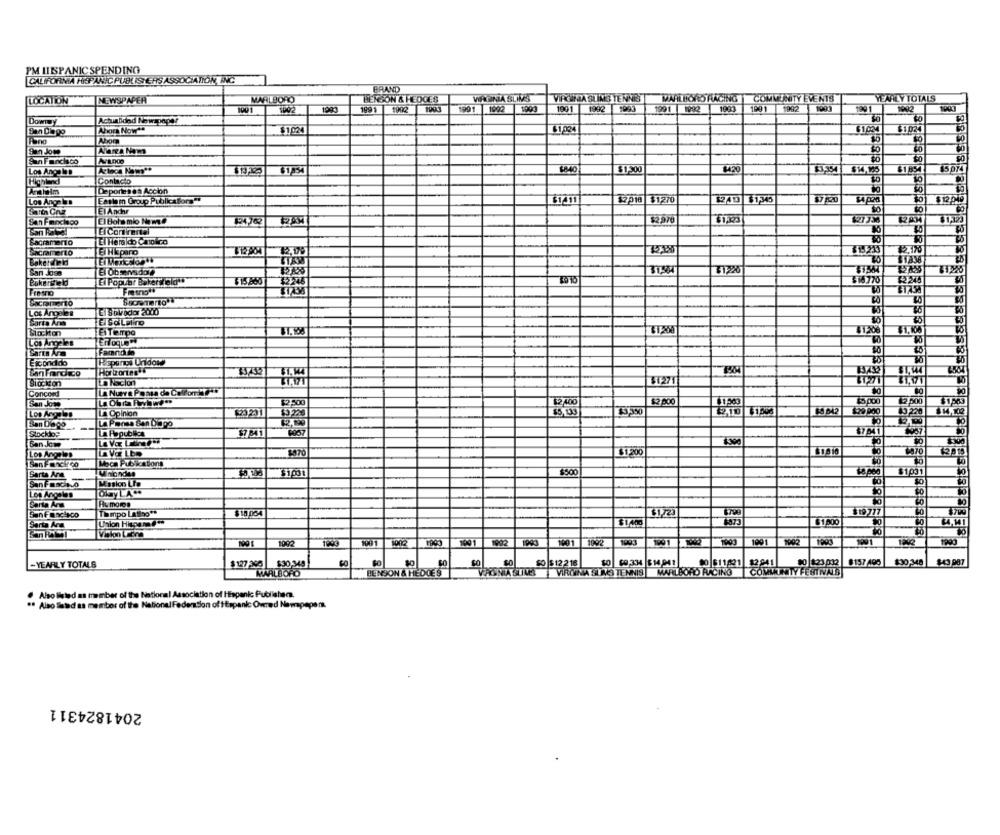
PM HISPANIC SPENDING
CALIFORNIA HISPANIC PUBLISHERS ASSOCIATION, INC
BRAND
LOCATION
NEWSPAPER
MARLBORO
BENSON & HEDCES
VIRGINIA SLIMS TENNES
MARLBORO RACING
COMMUNITY EVENTS
YEARLY TOTALS
1002
1891
1903
1991
1992
1903
1991
1992
1991 1992
1993
1991 1992 1993
1991
1992
Dowry
Actualidad Newspaper
San Diego
Ahora Now's
$1024
$1,024
$1024
$1 024
Tano
San Jose
Narra Nom
San Francisco
Avance
$420
$3,354
5 074
Los Angeles
$1-300
$1 854
Contacto
10
Anaheim
Deportes en Accion
Los AngelD
Easlam Group Publicafora"!
61411
$2018 $1270
1240 $1345
El Andar
$1,123
San Francisco
El Bola mio Nome
$2,970
27736
Sacramento
Sacramento
El Hiparo
$ 15233
San Jose
El Observs dore
El Popular Bakeryfeld
$18 770
Fresno
Sacramento
Los Angeles
Elsa Latino
Stockton
El Tiempo
31,200
$1206 $1.100
Los Angeles
Enfoque
Sarta Arm
Famnotin
Escondido
San Fordico
Horizontes
Stockton
La Nacion
$1271]
BT271
Concord
La Nueva Passa da Colfome-
$2. 400
$2 000
45 000
12 600
$1563
San Jose
$4 042
10,220
Los Angeles
La Opinion
20231
E3,350
2.10 61996
$29 900
San Diego
--
La Pensa San Dopo
Stocklos
$7 041
Ban.Jcm
$1,200
$370
Los Angeles
San Foncirco
Sarta Ana
Wnondes
$500
$1031
San Fasch.0
Masion Lte
Los Angeles
Barta Arm
$19777
SanFrancisco
Tempo Latino""
$172
Sarta Ara
$1.400
$1.600
1092
1001
1091
1902
1001
1003
1001
1992
1993
$43 987
-YEARLY TOTALS
$0
$0 $12 218
00 611621
1281
$0 123 032
8157 400
$30-348
BENSON & HEDCES
VIRGINA SUS TENNIS
MARILBORD RUACING COMMUNITY FESTIVALS
Also listed as member of the National Association of Hispanic Publisher.
Also Seted as member of the National Federation of ttepanic Owned Nowapepers
2041824311